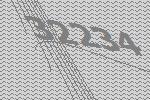
32234